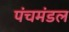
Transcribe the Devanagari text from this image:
पंचमंडल